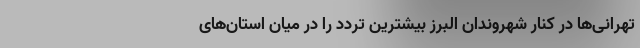
تهرانی‌ها در کنار شهروندان البرز بیشترین تردد را در میان استان‌های